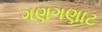
ગણગણાટ